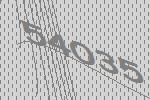
54035